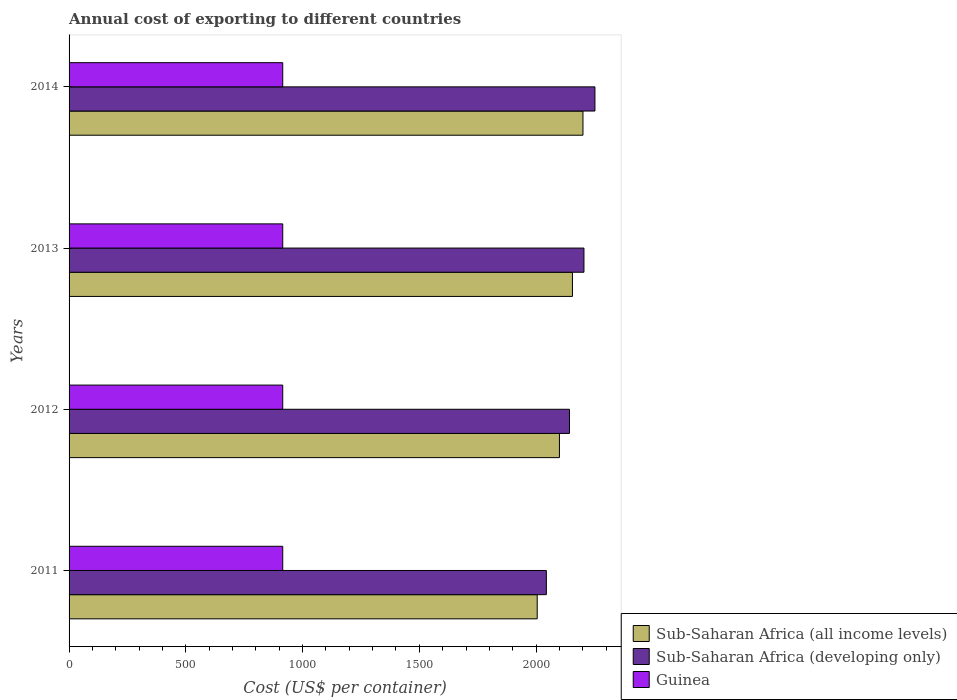
| Years | Sub-Saharan Africa (all income levels) | Sub-Saharan Africa (developing only) | Guinea |
 | --- | --- | --- | --- |
 | 2011 | 2e+03 | 2.04e+03 | 915 |
 | 2012 | 2.1e+03 | 2.14e+03 | 915 |
 | 2013 | 2.16e+03 | 2.2e+03 | 915 |
 | 2014 | 2.2e+03 | 2.25e+03 | 915 |